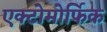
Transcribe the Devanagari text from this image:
एक्टोमोर्फिक